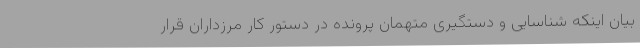
بیان اینکه شناسایی و دستگیری متهمان پرونده در دستور کار مرزداران قرار